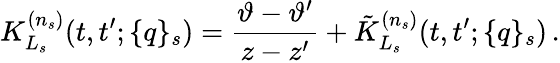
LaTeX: K_{L_{s}}^{(n_{s})}(t,t^{\prime};\{ q\} _{s})=\frac{\vartheta-\vartheta^{\prime}}{z-z^{\prime}}+\tilde{K}_{L_{s}}^{(n_{s})}(t,t^{\prime};\{ q\} _{s})\, .